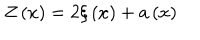
LaTeX: Z \left( x \right) = 2 \xi \left( x \right) + a \left( x \right)